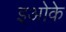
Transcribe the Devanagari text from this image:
इओके